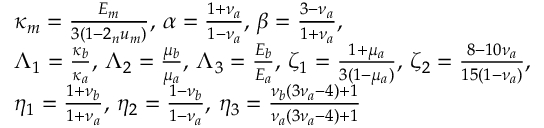
\begin{array} { r l } & { \kappa _ { m } = \frac { E _ { m } } { 3 ( 1 - 2 _ { n } u _ { m } ) } , \, \alpha = \frac { 1 + \nu _ { a } } { 1 - \nu _ { a } } , \, \beta = \frac { 3 - \nu _ { a } } { 1 + \nu _ { a } } , } \\ & { \Lambda _ { 1 } = \frac { \kappa _ { b } } { \kappa _ { a } } , \, \Lambda _ { 2 } = \frac { \mu _ { b } } { \mu _ { a } } , \, \Lambda _ { 3 } = \frac { E _ { b } } { E _ { a } } , \, \zeta _ { 1 } = \frac { 1 + \mu _ { a } } { 3 ( 1 - \mu _ { a } ) } , \, \zeta _ { 2 } = \frac { 8 - 1 0 \nu _ { a } } { 1 5 ( 1 - \nu _ { a } ) } , } \\ & { \eta _ { 1 } = \frac { 1 + \nu _ { b } } { 1 + \nu _ { a } } , \, \eta _ { 2 } = \frac { 1 - \nu _ { b } } { 1 - \nu _ { a } } , \, \eta _ { 3 } = \frac { \nu _ { b } ( 3 \nu _ { a } - 4 ) + 1 } { \nu _ { a } ( 3 \nu _ { a } - 4 ) + 1 } } \end{array}